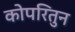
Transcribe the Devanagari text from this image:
कोपरितुन